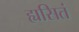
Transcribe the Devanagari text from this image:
ह्यसितं